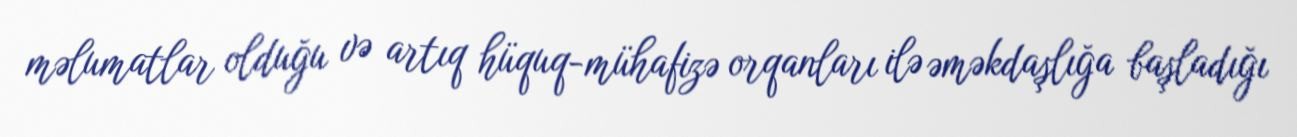
məlumatlar olduğu və artıq hüquq-mühafizə orqanları ilə əməkdaşlığa başladığı